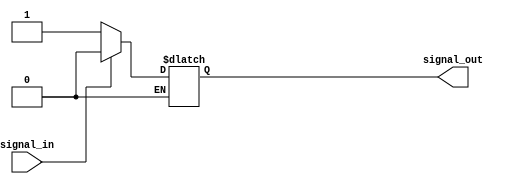
module schmitt_trigger_inverter (
    input wire signal_in,
    output wire signal_out
);

// Parameters for Schmitt trigger thresholds
parameter HIGH_THRESHOLD = 1'b1;
parameter LOW_THRESHOLD = 1'b0;

// Internal signal for storing the output state
reg signal_internal;

always @ (signal_in)
begin
    if (signal_in == HIGH_THRESHOLD)
        signal_internal <= LOW_THRESHOLD;
    else if (signal_in == LOW_THRESHOLD)
        signal_internal <= HIGH_THRESHOLD;
end

assign signal_out = signal_internal;

endmodule